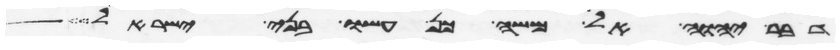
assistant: דבר יהוה אל משה כן עשו בני ישראל